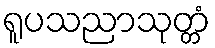
ရူပသညာသုတ္တံ